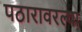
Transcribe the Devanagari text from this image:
पठारावरल्या